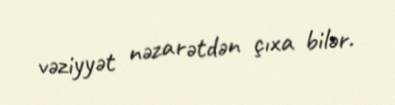
vəziyyət nəzarətdən çıxa bilər.